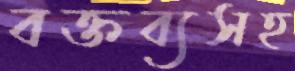
বক্তব্যসহ